DOW-UAP-D48, Department of the Air Force Report, 1996
Agency: Department of War
Incident date: 9/10/96
Page 87
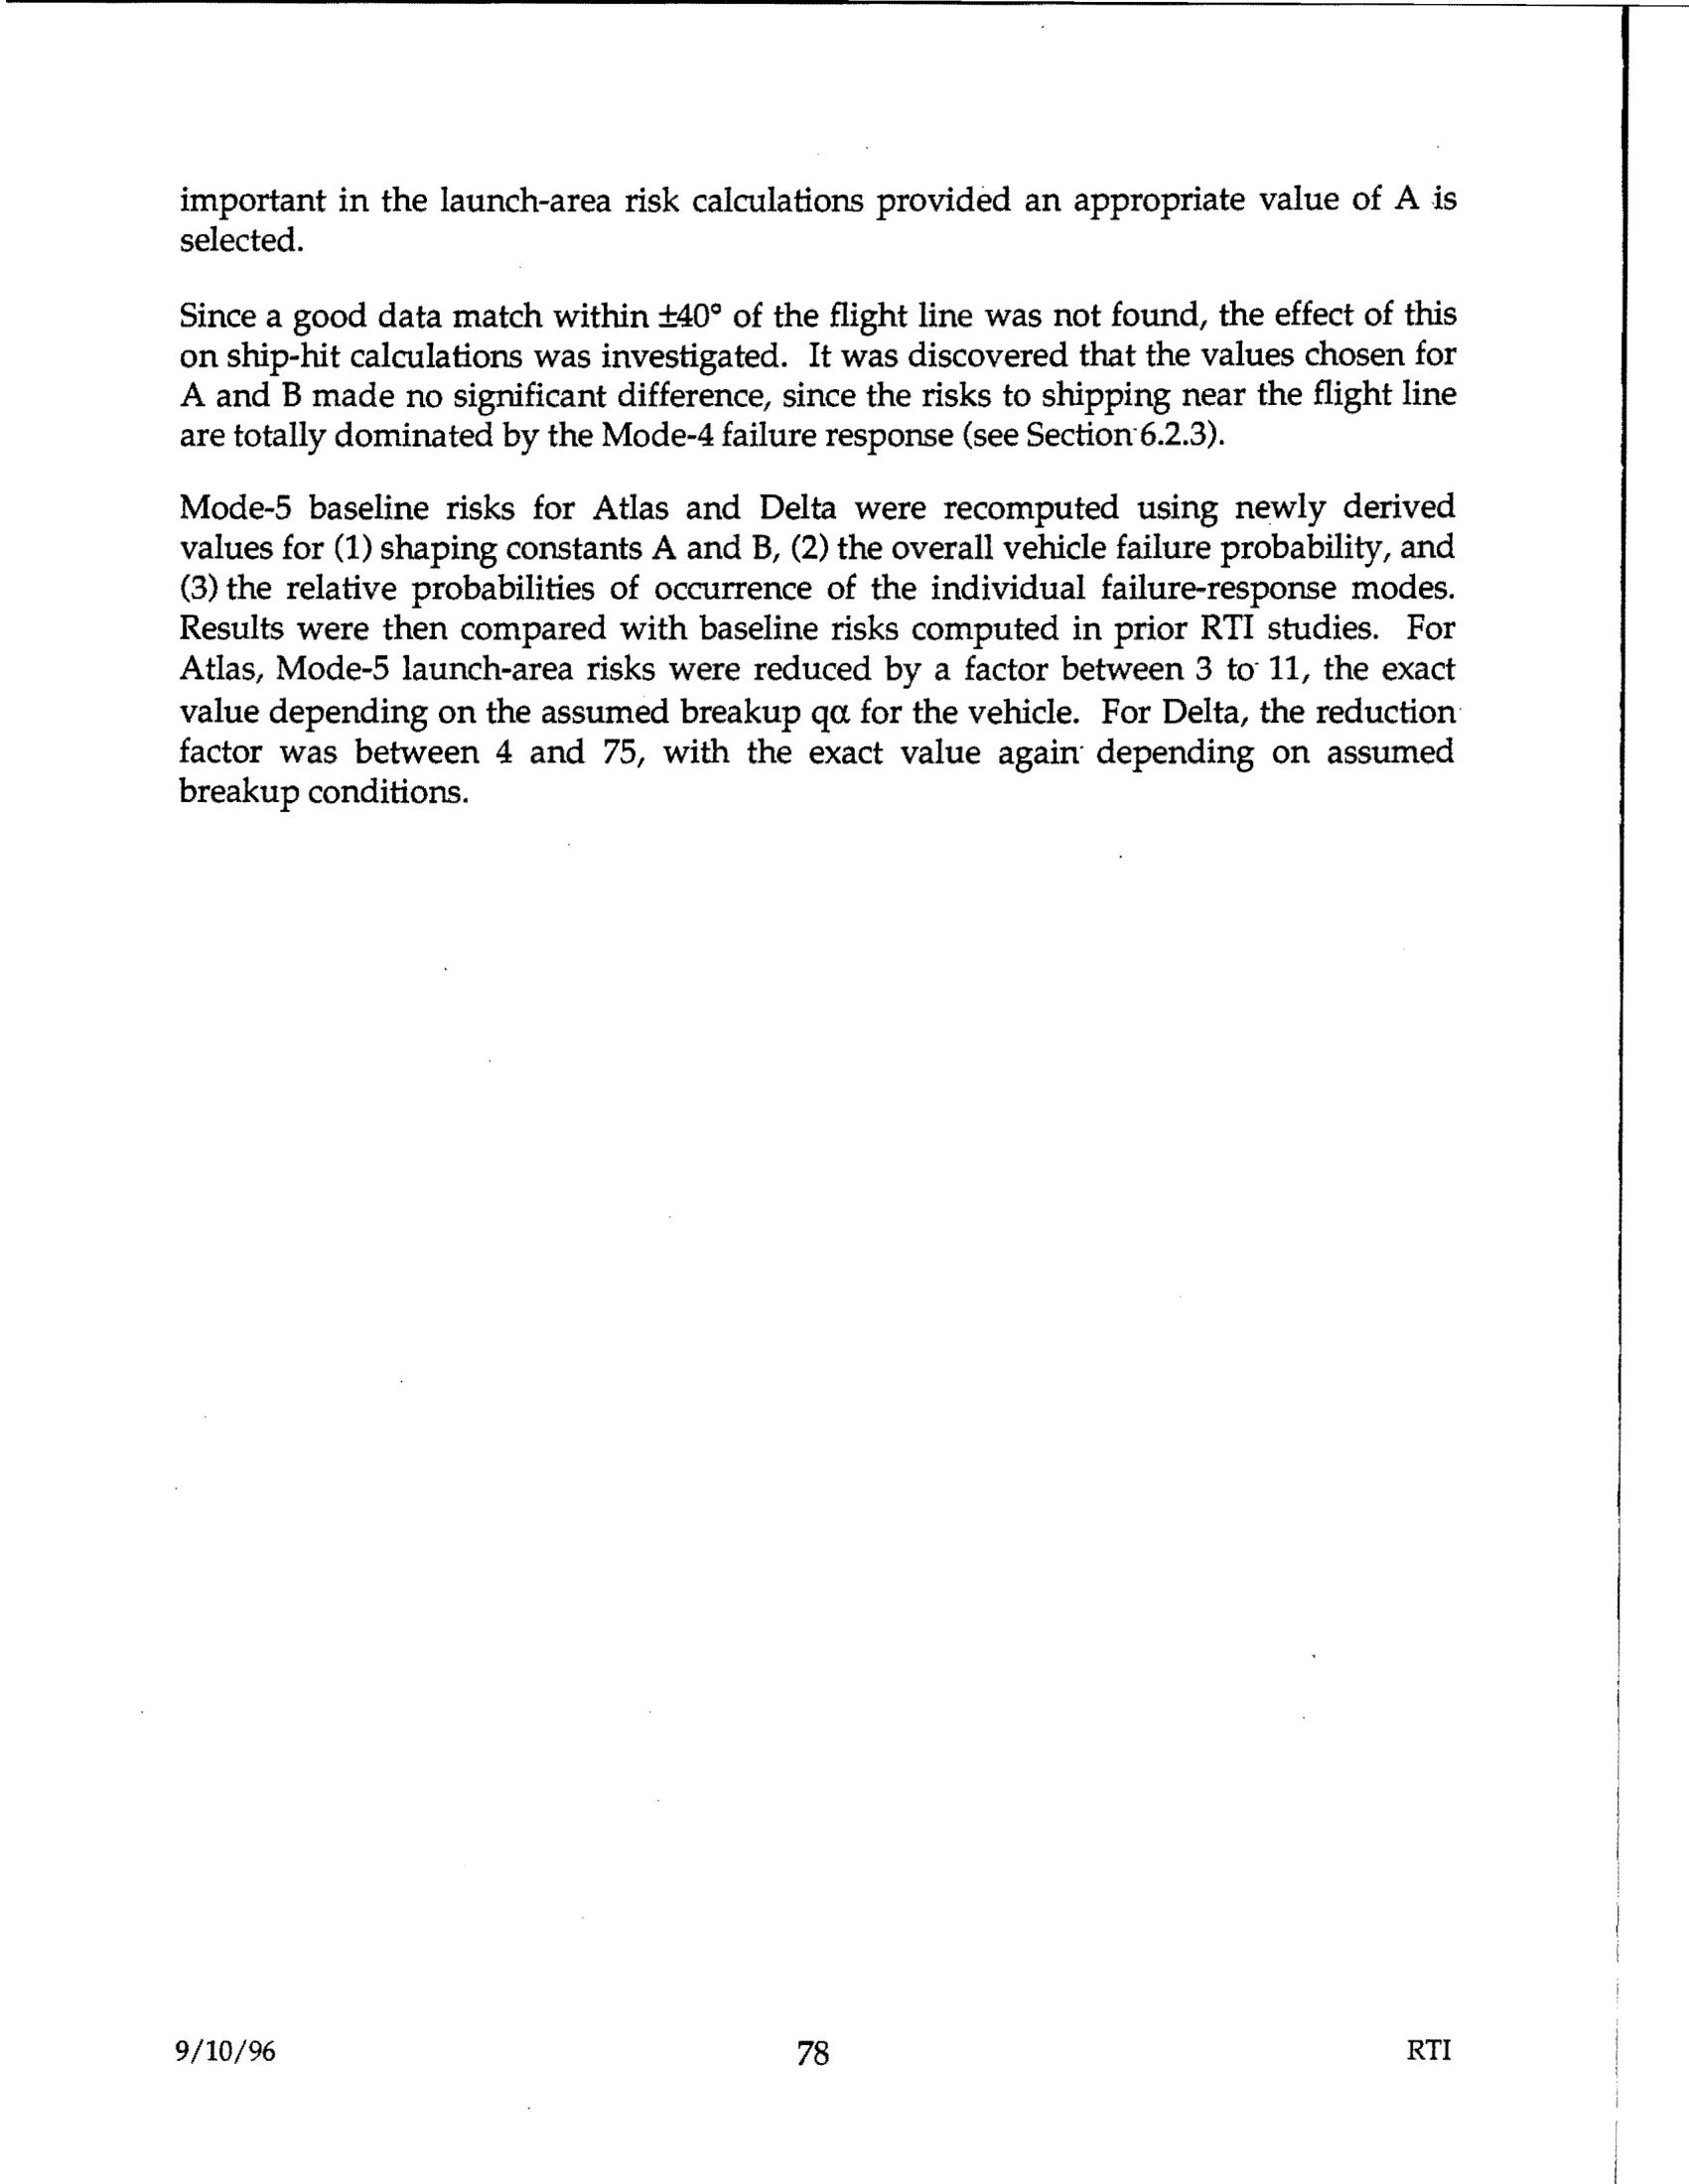